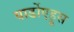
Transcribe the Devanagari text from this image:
वार्डोएहूस